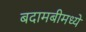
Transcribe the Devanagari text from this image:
बदामबीमध्ये